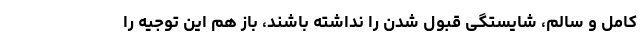
کامل و سالم، شایستگی قبول شدن را نداشته باشند، باز هم این توجیه را